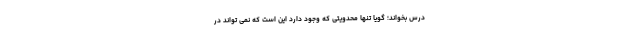
درس بخواند؛ گویا تنها محدویتی که وجود دارد این است که نمی تواند در